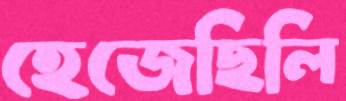
হেজেছিলি